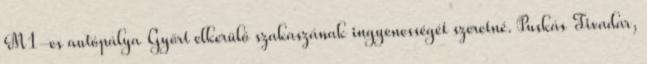
M1-es autópálya Győrt elkerülő szakaszának ingyenességét szeretné. Puskás Tivadar,